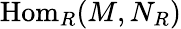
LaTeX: {\mathrm{Hom}}_{R}(M,N_{R})